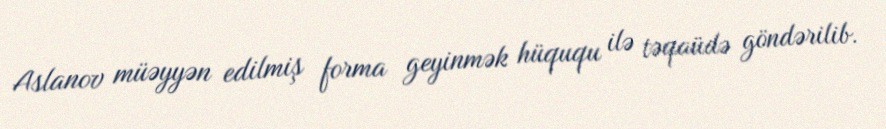
Aslanov müəyyən edilmiş forma geyinmək hüququ ilə təqaüdə göndərilib.